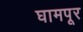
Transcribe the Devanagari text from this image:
घामपूर